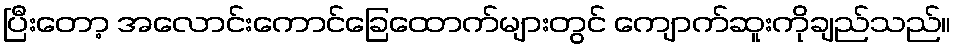
ပြီးတော့ အလောင်းကောင်ခြေထောက်များတွင် ကျောက်ဆူးကိုချည်သည်။